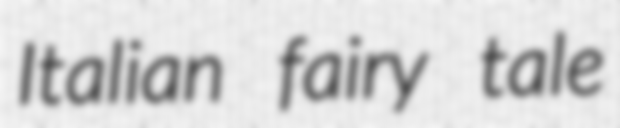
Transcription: Italian fairy tale